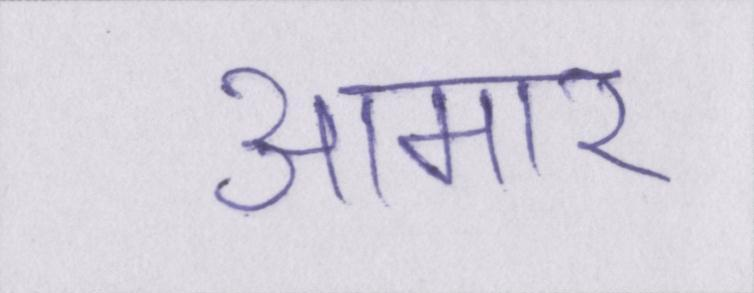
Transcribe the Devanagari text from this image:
आमार